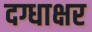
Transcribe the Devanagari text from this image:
दग्धाक्षर